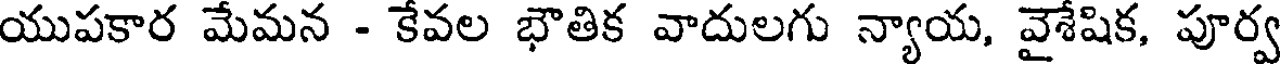
యుపకార మేమన - కేవల భౌతిక వాదులగు న్యాయ, వైశేషిక, పూర్వ